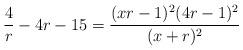
LaTeX: \begin{align*} \frac{4}{r} - 4r - 15 = \frac{(xr-1)^{2}(4r -1)^{2}}{(x+r)^{2}}\end{align*}